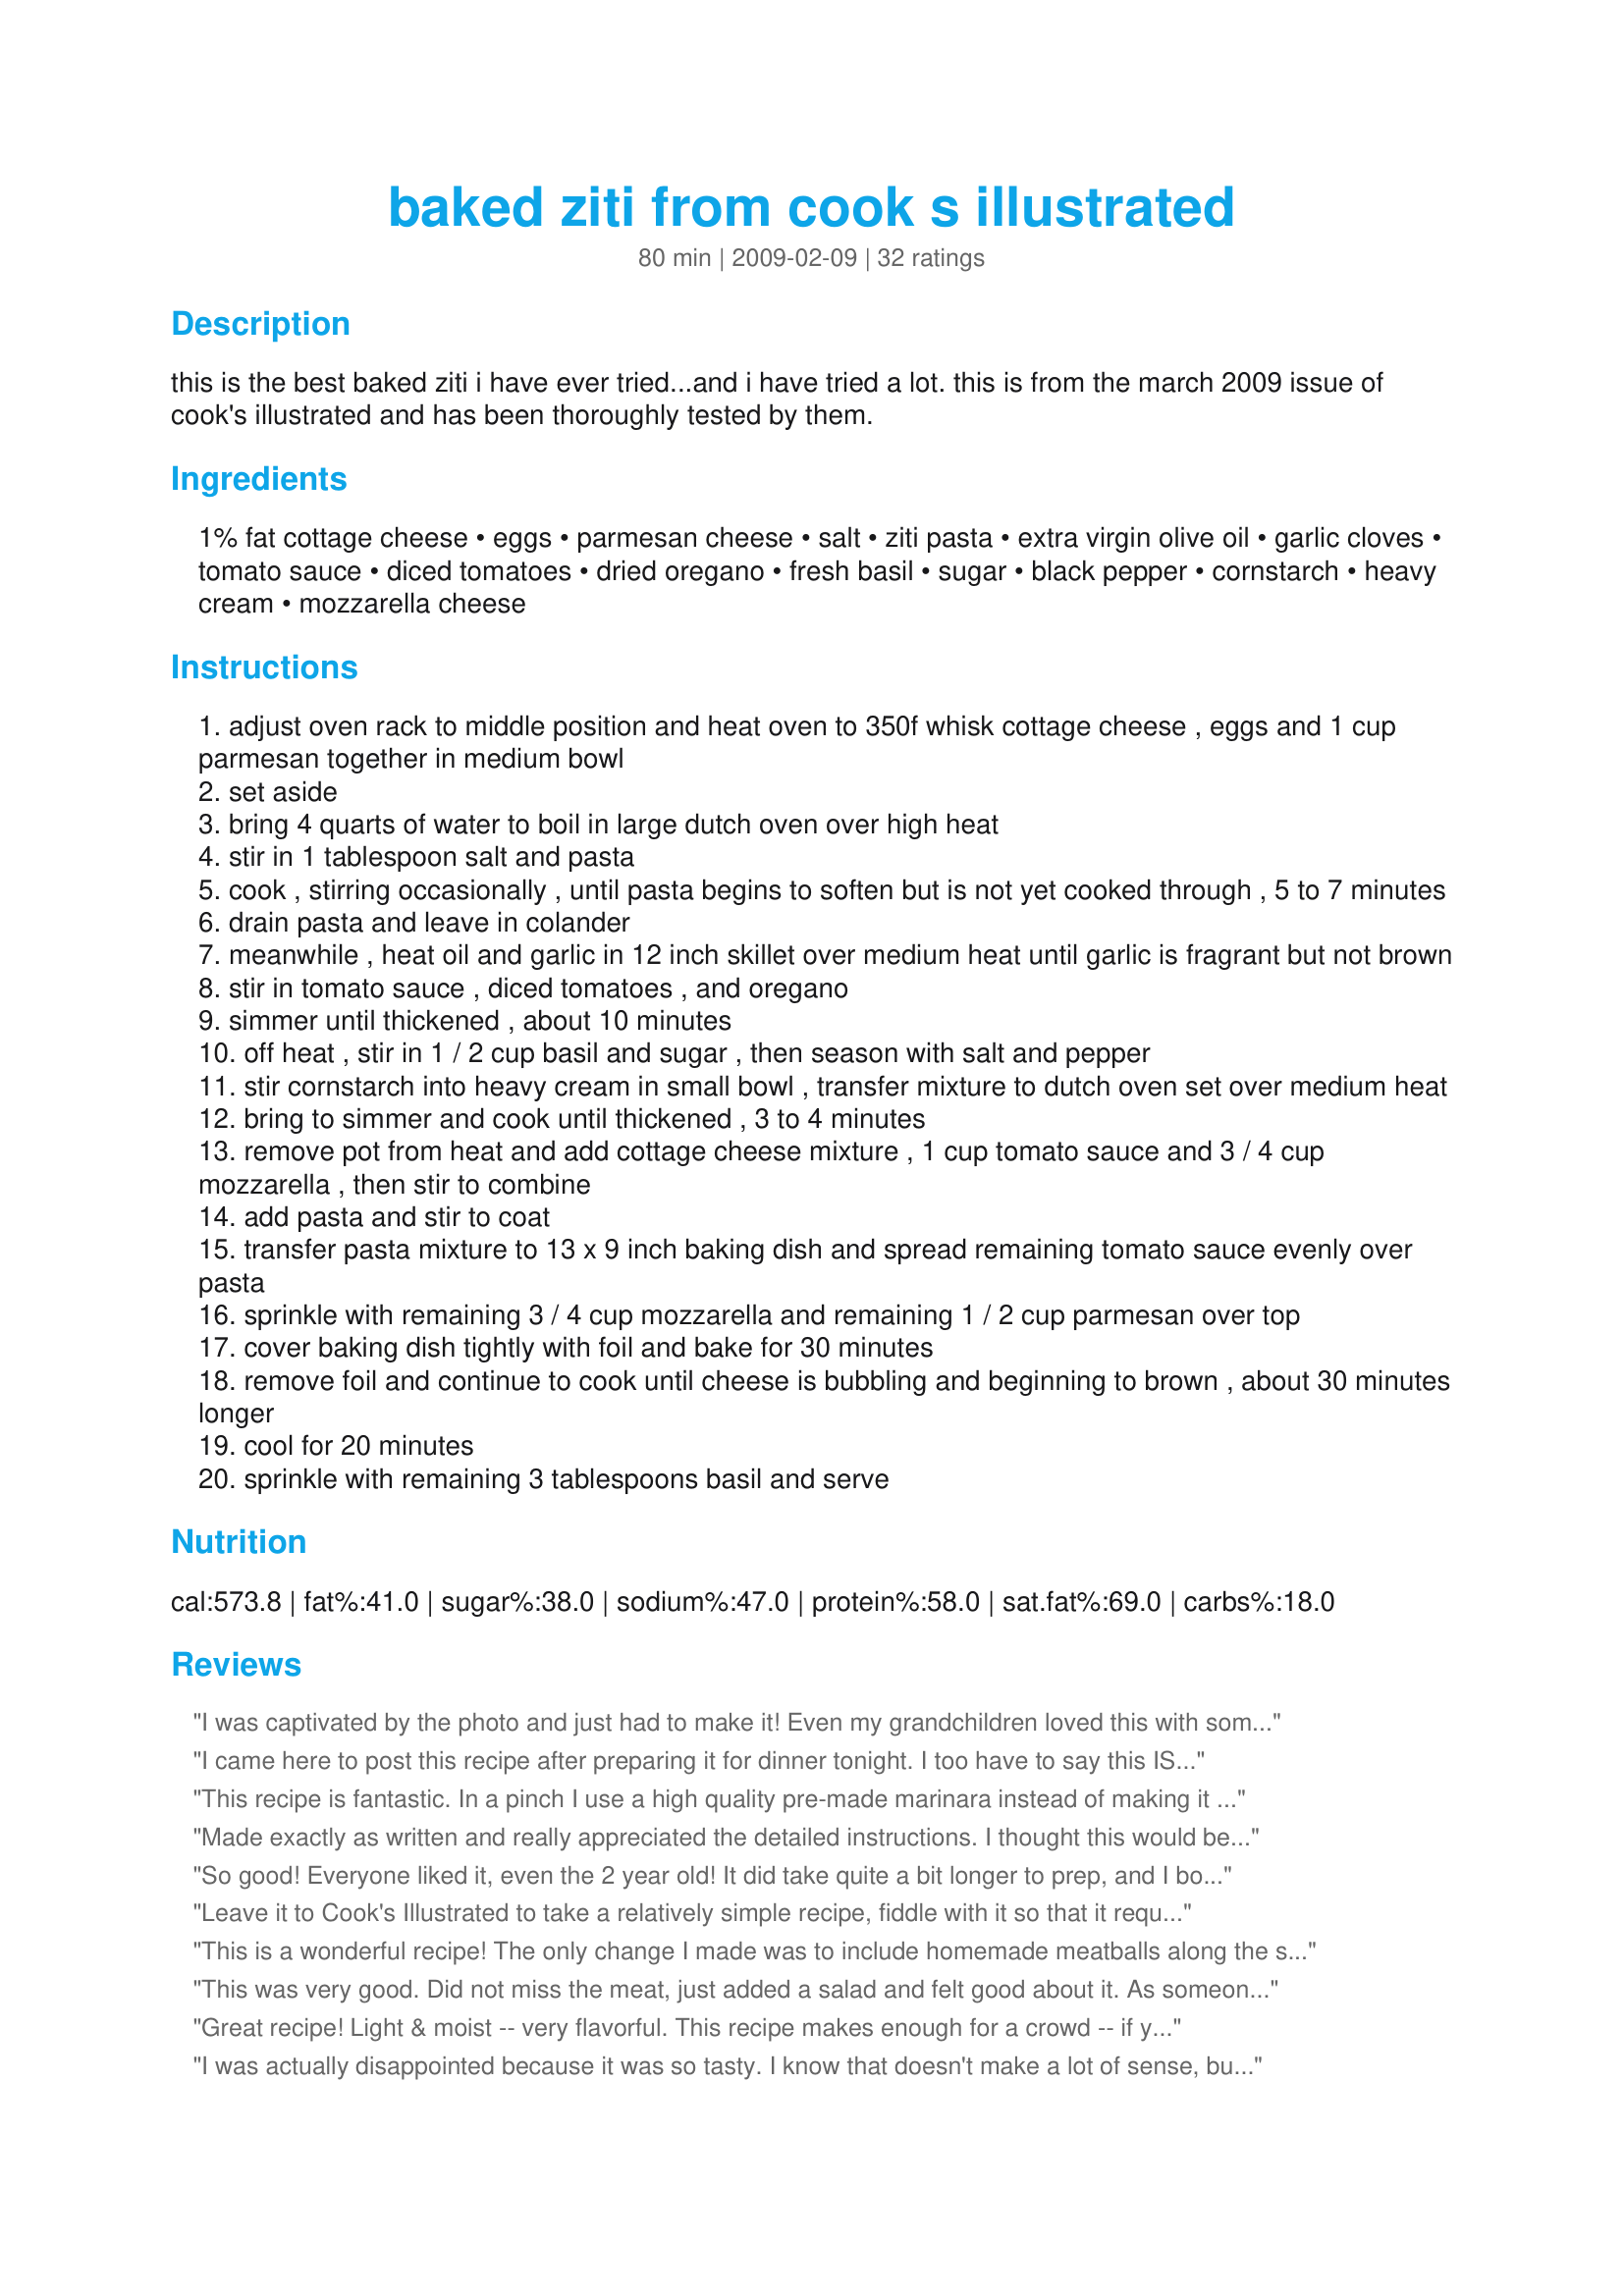
baked ziti from cook s illustrated
Preparation time: 80 minutes

this is the best baked ziti i have ever tried...and i have tried a lot. this is from the march 2009 issue of cook's illustrated and has been thoroughly tested by them.

Ingredients:
1% fat cottage cheese, eggs, parmesan cheese, salt, ziti pasta, extra virgin olive oil, garlic cloves, tomato sauce, diced tomatoes, dried oregano, fresh basil, sugar, black pepper, cornstarch, heavy cream, mozzarella cheese

Steps:
adjust oven rack to middle position and heat oven to 350f whisk cottage cheese , eggs and 1 cup parmesan together in medium bowl
set aside
bring 4 quarts of water to boil in large dutch oven over high heat
stir in 1 tablespoon salt and pasta
cook , stirring occasionally , until pasta begins to soften but is not yet cooked through , 5 to 7 minutes
drain pasta and leave in colander
meanwhile , heat oil and garlic in 12 inch skillet over medium heat until garlic is fragrant but not brown
stir in tomato sauce , diced tomatoes , and oregano
simmer until thickened , about 10 minutes
off heat , stir in 1 / 2 cup basil and sugar , then season with salt and pepper
stir cornstarch into heavy cream in small bowl , transfer mixture to dutch oven set over medium heat
bring to simmer and cook until thickened , 3 to 4 minutes
remove pot from heat and add cottage cheese mixture , 1 cup tomato sauce and 3 / 4 cup mozzarella , then stir to combine
add pasta and stir to coat
transfer pasta mixture to 13 x 9 inch baking dish and spread remaining tomato sauce evenly over pasta
sprinkle with remaining 3 / 4 cup mozzarella and remaining 1 / 2 cup parmesan over top
cover baking dish tightly with foil and bake for 30 minutes
remove foil and continue to cook until cheese is bubbling and beginning to brown , about 30 minutes longer
cool for 20 minutes
sprinkle with remaining 3 tablespoons basil and serve

Reviews:
I was captivated by the photo and just had to make it! Even my grandchildren loved this with some meatballs on the side! Great cheesy flavor and well worth the time it took to prepare it!
I came here to post this recipe after preparing it for dinner tonight. I too have to say this IS the BEST baked ziti I have ever made or had. Next time I think I would like to try it with ricotta, just for curiosity's sake. I inadvertently used 16oz. of mozzarella, not realizing til it was all cubed, so I used it all, never too much cheese :-) My very fussy husband who does NOT like baked ziti cause it is dry and tasteless, commented twice on how how creamy this was and how much he like it. I am anxious to prepare this recipe for company!!!! Thanks for posting Mary!
This recipe is fantastic. In a pinch I use a high quality pre-made marinara instead of making it "from scratch." It cuts time but still tastes great. I also omit the eggs (allergy) and it still turns out fantastic.
Made exactly as written and really appreciated the detailed instructions. I thought this would be phenomenal, but I'm a little let down. I think I would have liked a thicker tomato sauce as this one kind of disappeared and wasn't as flavorful as I expected. I also thought it could have used more mozzarella and basil. All in all it was very good, just not that perfect recipe I've been searching for. We'll have leftovers for a while though! Makes a ton! Definitely freezing some for lunches. 1 more thing; just adding the starch to the cream didn't work for me. It never thickened up, i had to add flour in the end. I've since been enlightened by other Zaar members that starch won't/shouldn't work that way. You should mix the starch with a tidbit of water in a separate bowl and add to the already simmering cream. Thanks Mary!
So good! Everyone liked it, even the 2 year old! It did take quite a bit longer to prep, and I boiled the water along with other prep. I think it took closer to 45 minutes for me. So worth it though! It didn't make my kitchen any crazier than normal from-scratch dishes, so don't be daunted by that. I used half n half instead of heavy cream because I forgot to buy the rich stuff :) But I think I would use the half n half again to cut calories a bit. I used 4% large-curd cottage cheese, next time I'll try smaller curd. I also split the dish into to 8x8s and froze the second for after baby #2 is born. Excellent dish, thanks for posting!<br/><br/>**Don't use Mostacolli, it's too thin. And do undercook the pasta (I made the mistake and had a mushy dish this time). Also use high quality tomato products, not storebrand (I've used both and it makes a difference).
Leave it to Cook's Illustrated to take a relatively simple recipe, fiddle with it so that it requires dirtying up every dish you own, and leaving you with a big pan of mediocrity. It wasn't bad, my family actually enjoyed it, but for the amount of work and dirty dishes, I expected it to absolutely knock our socks off. We'd say 0 stars for prep, and 3-3.5 stars for the end result, thus the 2 stars.
This is a wonderful recipe! The only change I made was to include homemade meatballs along the sides before adding the sauce. Definitely company worthy. I had enough to make two pans and freeze one for later. As always, your recipes shine.
This was very good. Did not miss the meat, just added a salad and felt good about it. As someone suggested I used a jar of prepared alfredo sauce for ease (no cream or time). I also doubled the recipe (big family), I needed to use up some fresh basil but didnt have enough for two batches so I used a large (costco size) jar of Ragu chunky with the required other ingredients. When all the kids eat it is a 5 star meal! Thanks for posting.
Great recipe! Light & moist -- very flavorful. This recipe makes enough for a crowd -- if you added browned italian sausage or cooked mini-meatballs, you'd have a complete meal. Delicious! Definitely a keeper. Great for family dinners. Served with fresh pugliese bread & wine. Very, very satisfying.
I was actually disappointed because it was so tasty. I know that doesn't make a lot of sense, but after spending a lot of time and totally demolishing my kitchen, I hoped that I would never have to make this recipe again. I was never able to get the cream sauce to simmer, and who has a double boiler these days? I think I'll look for an easier recipe.
I used already prepared pasta sauce for this baked ziti. I also subbed low-fat ricotta for the cottage cheese. (I hate cottage cheese.) Very simple to make & it is a great substitution for lasagna. Made for Photo Tag
Outstanding recipe! I made a full batch (baked half, froze the other) exactly according to instructions and it came together beautifully: the pasta was creamy and full of flavour, the sauce just perfect. My husband, who rarely comments on any meal, declared this to be 'spectacular'! Incidentally, I did all of the prep work, made the two sauces, cooked the pasta, etc. about 24 hours before actually baking, and it didn't seem to harm it at all. Served with a green salad and homemade sourdough bread to dip in balsamic vinegar and olive oil, this is definitely going into our rotation!
Very good recipe. I made half a recipe and we still have lots left. Probably two or three meals for the two of us. Will freeze some for later.
Whoops forgot to post my 5 stars in the previous review!!! 5 stars worthy for sure!
OMG.....I had a really good ziti recipe but this one puts it to shame. My friend actually had the Cook's Illustrated and let me read it. It explains why cottage cheese over ricotta, why the mozzarella cheese is cubed, etc., and it all totally makes sense. I have been begging for her to send me the recipe all week and was so happy to find it here. I really don't like to make substitutions when I'm reviewing a recipe. I feel it should be prepared as written for a proper review. That said, we're not into "chunky", so I subbed another can of tomato sauce for the diced tomatoes. That's the only change I made. This is the creamiest, most flavorful ziti ever. Hands down, my family agreed, we throw out the old recipe!
I read this in the original Cook's Illustrated issue but we lost it, so I'm so glad to see the recipe posted here. A few things I'd add:
1) to the people saying that you should substitute ricotta instead of cottage cheese: ricotta is the traditional cheese used for baked ziti, but if you read Cook's Illustrated they made it both ways and found that cottage cheese retained its moisture while ricotta dried out. They substituted cottage cheese instead of ricotta and got better results, so stay with cottage cheese.
2) to save some steps / time: you can use jarred alfredo sauce instead of mixing cream/cornstarch and get the exact same results. In fact, they did it that way in Cook's Illustrated and got the same results as mixing your own cream sauce. They just put mixing your own cream sauce in the final recipe because they wanted it to be all from scratch. So, save yourself some time and effort and use jarred alfredo sauce!
3) this is also great with vodka sauce instead of straight tomato sauce, and I do like to add more cubes of mozzarella.

Great, great recipe that really feeds a crowd -- thanks for posting!
Excellent! I used 2 1/2 T dried basil in the sauce as my fresh has died for the winter. More steps than other recipes, but was still in the oven fairly quickly. The results were well worth the effort. Thanks for sharing the recipe!
This is the best baked ziti I've ever had. Since it's from Cook's Illustrated I knew I couldn't go wrong! Thanx for posting
Better than our best lasagna.
Creamy and rich and just plain great!!!!
Never liked baked Ziti until now.
I made 1 recipe but layered into 2
pans.
We baked 1 and froze 1.
We will make this often.
Fed a large group and was delicious.&lt;br/&gt;Not dry at all (cottage cheese vs ricotta is key) and to me, to my family, it was a baked ziti perfection.
This is a great recipe! I had some family over for dinner and they LOVED it! It was easy to prepare, just a little time consuming. But the end result was worth it. Thanks for the recipe!
WOW...followed exactly as written (except bought shredded mozzarella out of habit...will correct next time)...and this was beyond amazing. This is now my only ziti recipe!!

My only question is that I&#039;m never sure how to measure fresh herbs like the basil in this one. I took my best guess (about three of the prepackaged bunches...1/4 cup packed whole leaves??) and it was PERFECT!!
I was coming to post the recipe, and pleased to see it here. I made half the recipe, and it was really delicious. CI recommends using 2 tsp cornstarch if using whole milk instead of cream. I could not find my cornstarch, so I made a roux and used the milk to make a bechamel. That worked out very well. I also added some Italian sausage - a local market makes it with beef instead of pork, and it really worked well with the rest. A great dinner.
I thought this was very good considering that it didn't have any meat which I am use to having with ziti. Yes, there are a few steps, but I cannot see purchasing store bought alfredo sauce though. It is so simple to make and isn't time consuming like some people are saying. There is no comparison to fresh and bootled ragu sauce. I will be making this again in the future.
This is my go to ziti recipe from now on. I did use cottage cheese, small curd. and will use that from now on. Also baked in one 8x8 and froze the other 8x8. Excellent recipe.
Seriously hands down the best pasta dish I&#039;ve ever made or tasted! Delicious and my toddler loves it too. I make it at least once a month...so so good.
Ziti was good, but I prefer my homemade sauce instead. This one is a little herby for my taste and I prefer a sweeter taste, less oregano/basil flavor. Overall recipe was excellent, minus the sauce, which I supplemented my sauce in the 2nd pan and it was outstanding. Enjoy!
Very, very good! It takes a little time to put together -- but it isn't hard to do. I followed the directions precisely and used the ingredients as listed. I know some had mentioned using ricotta in place of the cottage cheese. I see no reason to switch -- I wouldn't want to compromise the creamy texture of the sauce. I thought it was even better the next day -- reheated! The ONLY variation I might try would be to cut up some of my meatballs and stick them in. I saw this recipe in Cook's Illustrated and was intrigued -- when I saw it already posted here, I knew I had to try it. Thanks, Mary.
This is the best recipe for baked ziti! They really do their research at Cook's Illustrated and have taken the guess work out of everything. Served this with garlic bread and green salad. Everyone enjoyed!!
This was fabulous! I made my own Alfredo sauce; this is a keeper. Thanks for posting this one. Sorry I took so long to post this review.
I had a little test kitchen of my own going last night--I made this version (with Italian sausage added to the sauce) and my traditional baked ziti. Everyone preferred the traditional recipe.

What was better about the Cooks Illustrated recipe: fresh basil, esp raw sprinkled on top, was outstanding. I preferred the mozzarella chunks to grated cheese all over.

What was better in traditional ziti: the noodles. For all that care to undercook the noodles, making it the regular way and not adding more sauce to compensate ended up with noodles that were less overdone. Go figure. Also, we ALL preferred ricotta to cottage cheese. Nothing against cottage cheese, but for us, it was a decent enough substitute ingredient, but not the real thing.
My goodness, this is my new favorite guilty pleasure! Just made two changes before trying the original unchanged version. I used 4% fat cottage cheese (based on a review from another site) and I also added browned ground beef at the end of step 3. Delicious, I am suprised there arent more hits on this.
